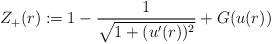
LaTeX: \begin{align*}Z_+(r) := 1-\frac1{\sqrt{1+(u'(r))^2}}+ G(u(r))\end{align*}